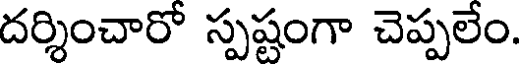
దర్శించారో స్పష్టంగా చెప్పలేం.